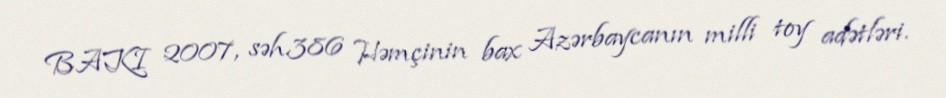
BAKI 2007, səh.386 Həmçinin bax Azərbaycanın milli toy adətləri.